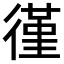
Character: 𫹡